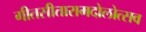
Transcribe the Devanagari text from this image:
गीतसीतारामदोलोत्सव